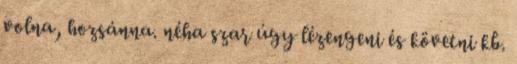
volna, hozsánna. néha szar úgy lézengeni és követni kb.